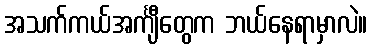
အသက်ကယ်အင်္ကျီတွေက ဘယ်နေရာမှာလဲ။